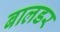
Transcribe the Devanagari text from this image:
बालडर